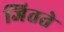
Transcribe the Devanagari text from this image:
जितते